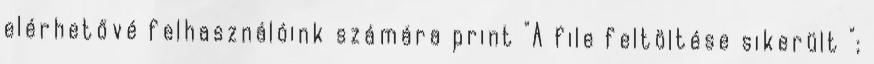
elérhetővé felhasználóink számára print "A file feltöltése sikerült ";